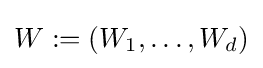
W:=(W_{1},\dots ,W_{d})